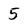
Character: 5